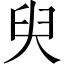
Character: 臾